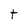
Character: t